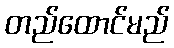
တည်ထောင်မည်